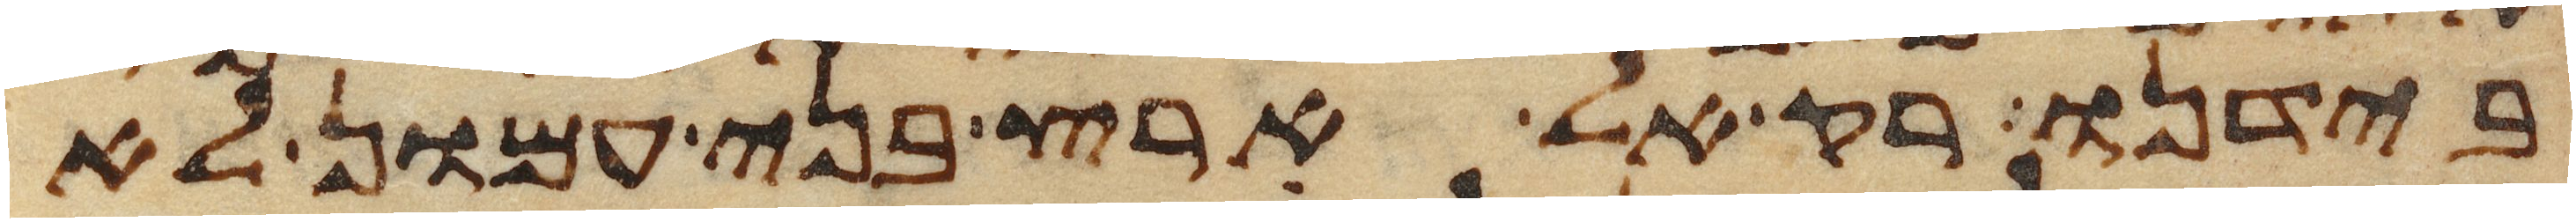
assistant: בידנו רק אל ארץ בני עמון לא